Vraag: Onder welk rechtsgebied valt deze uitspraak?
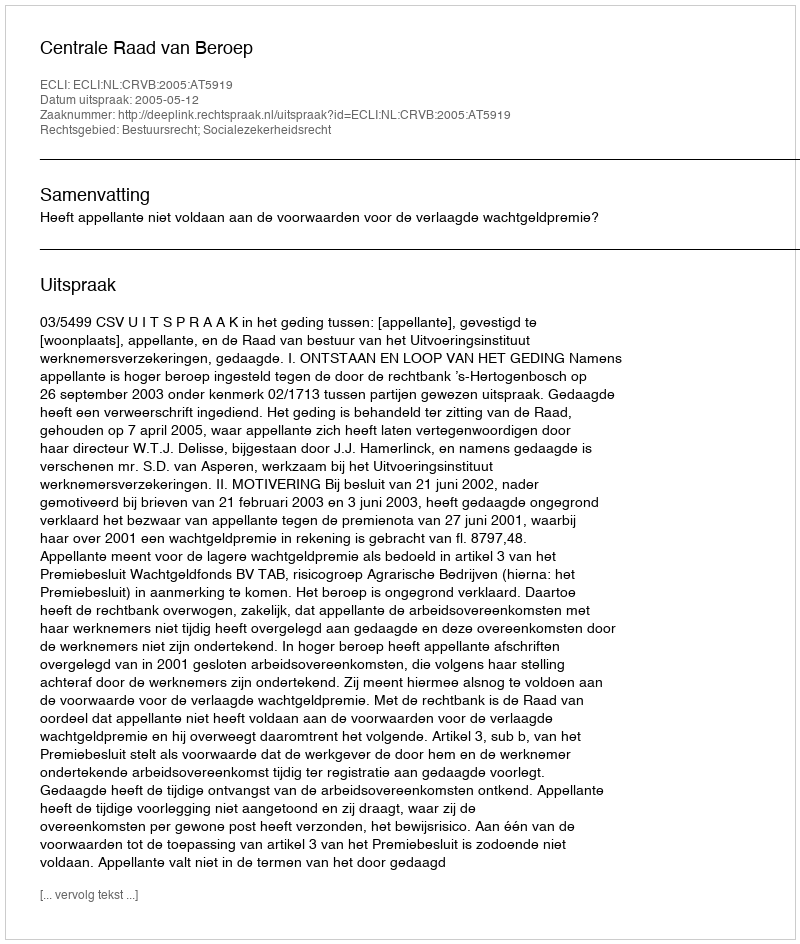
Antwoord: Bestuursrecht; Socialezekerheidsrecht